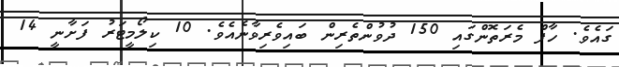
ގައެވެ. ހާފް މެރަތޮންގައި 150 ދުވުންތެރިން ބައިވެރިވާނެއެވެ. 10 ކިލޯމީޓަރު ފަށާނީ 14